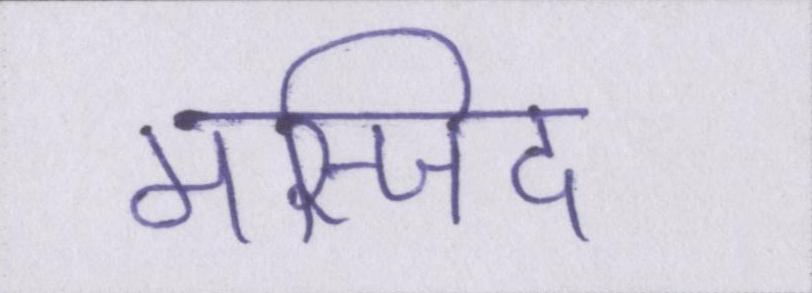
मस्जिद